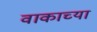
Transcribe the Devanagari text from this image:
वाकाच्या